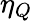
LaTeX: \eta_{Q}